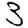
Digit: 3